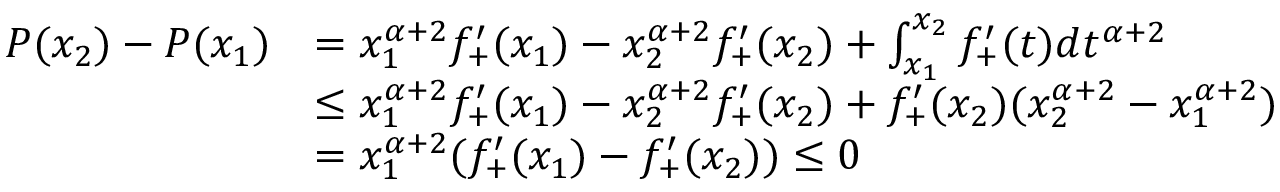
\begin{array} { r l } { P ( x _ { 2 } ) - P ( x _ { 1 } ) } & { = x _ { 1 } ^ { \alpha + 2 } f _ { + } ^ { \prime } ( x _ { 1 } ) - x _ { 2 } ^ { \alpha + 2 } f _ { + } ^ { \prime } ( x _ { 2 } ) + \int _ { x _ { 1 } } ^ { x _ { 2 } } f _ { + } ^ { \prime } ( t ) d t ^ { \alpha + 2 } } \\ & { \leq x _ { 1 } ^ { \alpha + 2 } f _ { + } ^ { \prime } ( x _ { 1 } ) - x _ { 2 } ^ { \alpha + 2 } f _ { + } ^ { \prime } ( x _ { 2 } ) + f _ { + } ^ { \prime } ( x _ { 2 } ) ( x _ { 2 } ^ { \alpha + 2 } - x _ { 1 } ^ { \alpha + 2 } ) } \\ & { = x _ { 1 } ^ { \alpha + 2 } ( f _ { + } ^ { \prime } ( x _ { 1 } ) - f _ { + } ^ { \prime } ( x _ { 2 } ) ) \leq 0 } \end{array}